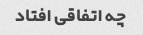
چه اتفاقی افتاد